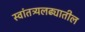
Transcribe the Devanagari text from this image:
स्वांतत्र्यलढ्यातील